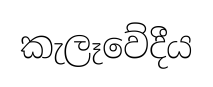
කැලෑවේදීය